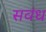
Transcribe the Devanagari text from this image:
सवंध